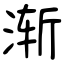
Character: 渐